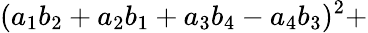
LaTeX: (a_{1}b_{2}+a_{2}b_{1}+a_{3}b_{4}-a_{4}b_{3})^{2}+